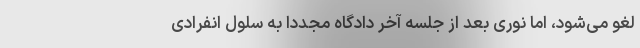
لغو می‌شود، اما نوری بعد از جلسه آخر دادگاه مجددا به سلول انفرادی